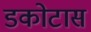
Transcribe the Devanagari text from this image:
डकोटास